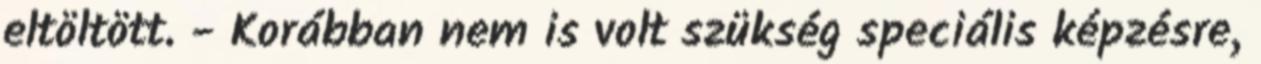
eltöltött. - Korábban nem is volt szükség speciális képzésre,